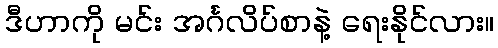
ဒီဟာကို မင်း အင်္ဂလိပ်စာနဲ့ ရေးနိုင်လား။